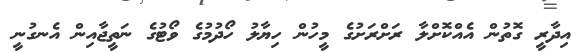
އިދާރީ ގޮތުން އެއްކޮށްލާ ރަށްރަށުގެ މީހުން ހިޔާލު ހޯދުމުގެ ވޯޓުގެ ނަތީޖާއިން އެނގުނީ